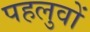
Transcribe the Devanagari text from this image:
पहलुवों